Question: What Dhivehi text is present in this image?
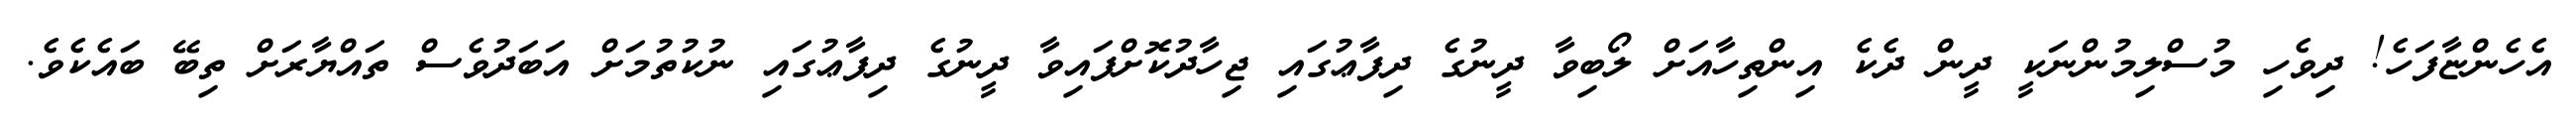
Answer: އެހެންޏާފަހެ! ދިވެހި މުސްލިމުންނަކީ ދީން ދެކެ އިންތިހާއަށް ލޯބިވާ ދީނުގެ ދިފާޢުގައި ޖިހާދުކޮށްފައިވާ ދީނުގެ ދިފާޢުގައި ނުކުތުމަށް އަބަދުވެސް ތައްޔާރަށް ތިބޭ ބައެކެވެ.